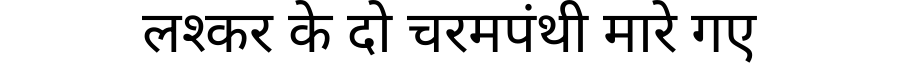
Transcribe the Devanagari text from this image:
लश्कर के दो चरमपंथी मारे गए